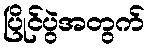
ပြိုင်ပွဲအတွက်